Election expenses, 1928, 1928
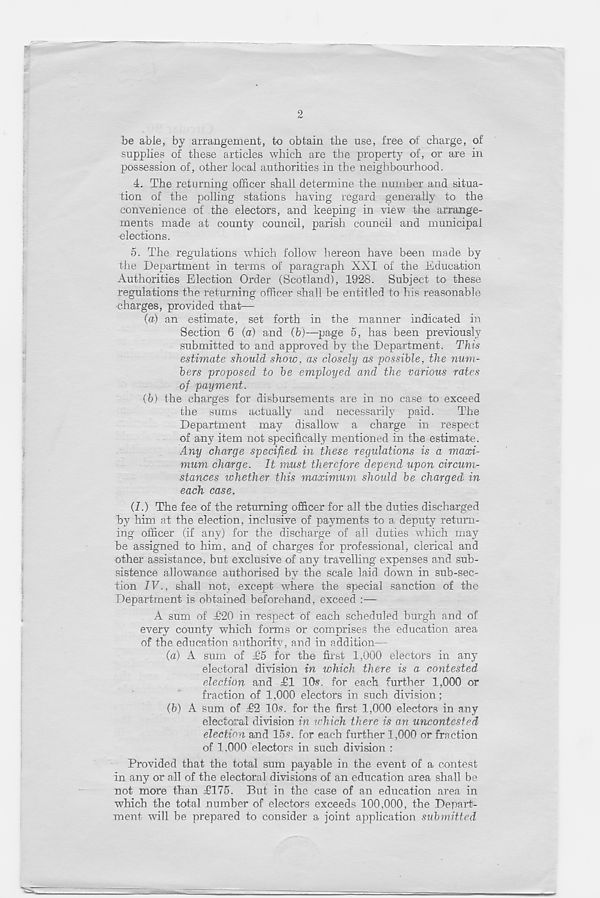
2
be able, by arrangement, to obtain the use, free of charge, of
supplies of these articles which are the property of, or are in
possession of, other local authorities in the neighbourhood.
4. The returning officer shall determine the number and situa-
tion of the polling stations having regard generally to the
convenience of the electors, and keeping in view the arrange-
ments made at county council, parish council and municipal
elections.
o. The regulations which follow hereon have been made by
the Department in terms of paragraph XXI of the Education
Authorities Election Order (Scotland), 1928. Subject to these
regulations the returning officer shall be entitled to his reasonable
charges, provided that—
(a) an estimate, set forth in the manner indicated in
Section 6 (a) and (b)—page 5, has been previously
submitted to and approved by the Department. This
estimate should show, as closely as possible, the num-
bers proposed to be employed and the various rates
of payment.
(b) the charges for disbursements are in no case to exceed
the sums actually and necessarily paid.
The
Department may disallow a charge in respect
of any item not specifically mentioned in the estimate.
Any charge specified in these regulations is a maxi-
mum charge. It must therefore depend upon circum-
stances whether this maximum should be charged in
each case.
(I.) The fee of the returning officer for all the duties discharged
by him at the election, inclusive of payments to a deputy return-
ing officer (if any) for the discharge of all duties which may
be assigned to him, and of charges for professional, clerical and
other assistance, but exclusive of any travelling expenses and sub-
sistence allowance authorised by the scale laid down in sub-sec-
tion IV., shall not, except where the special sanction of the
Department is obtained beforehand, exceed :—
A sum of T2G in respect of each scheduled burgh and of
every county which forms or comprises the education area
of the education authority, and in addition—
(a) A sum of £5 for the first 1,000 electors in any
electoral division in which there is a contested
election and £1 10s*. for each further 1,000 or
fraction of 1,000 electors in such division;
(b) A sum of T2 10s. for the first 1,000 electors in any
electoral division in which there is an uncontested
election and 15s. for each further 1,000 or fraction
of 1.000 electors in such division :
Provided that the total sum payable in the event of a contest
in any or all of the electoral divisions of an education area shall be
not more than T175. But in the case of an education area in
which the total number of electors exceeds 100,000, the Depart-
ment will be prepared to consider a joint application submitted